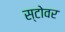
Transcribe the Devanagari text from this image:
स्टोवर